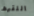
اللقيط